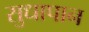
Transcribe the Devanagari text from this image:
सुधापान